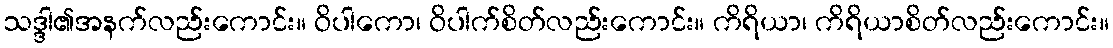
သဒ္ဒါ၏အနက်လည်းကောင်း။ ဝိပါကော၊ ဝိပါက်စိတ်လည်းကောင်း။ ကိရိယာ၊ ကိရိယာစိတ်လည်းကောင်း။